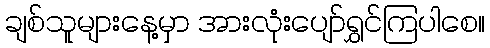
ချစ်သူများနေ့မှာ အားလုံးပျော်ရွှင်ကြပါစေ။